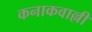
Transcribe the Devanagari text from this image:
कनाकवाल्ली